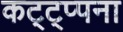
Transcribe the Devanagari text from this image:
कट्ट्प्पना